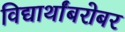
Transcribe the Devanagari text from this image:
विद्यार्थांबरोबर